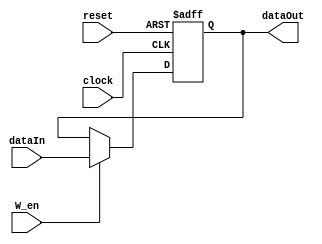
`timescale 1ns / 1ps
//////////////////////////////////////////////////////////////////////////////////
// Company:
// Engineer:
//
// Design Name:
// Module Name: register
// Project Name:
// Target Devices:
// Tool Versions:
// Description:
//
// Dependencies:
//
// Revision:
// Revision 0.01 - File Created
// Additional Comments:
//
//////////////////////////////////////////////////////////////////////////////////


module simplereg(dataOut, dataIn, W_en, reset, clock);
parameter N = 32;
input W_en, reset, clock;
input [N-1:0] dataIn;
output [N-1:0] dataOut;
reg [N-1:0] mem;

assign dataOut = mem;
always @(posedge clock or posedge reset) begin
if (reset)
    mem <= 0;
else begin
    if(W_en)
       mem <= dataIn;
end
end
endmodule